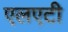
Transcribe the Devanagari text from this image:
एलएटी